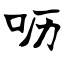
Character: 呖